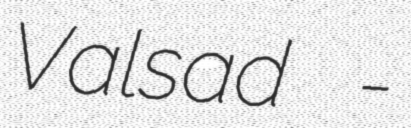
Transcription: Valsad -